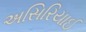
અસિરિયાઈ